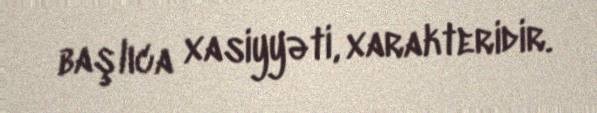
başlıca xasiyyəti, xarakteridir.